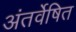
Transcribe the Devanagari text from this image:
अंतर्वेषित